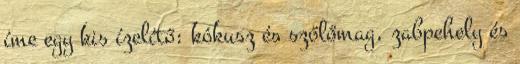
íme egy kis ízelítő: kókusz és szőlőmag, zabpehely és